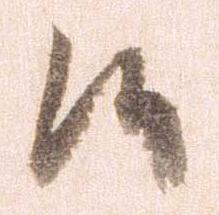
候